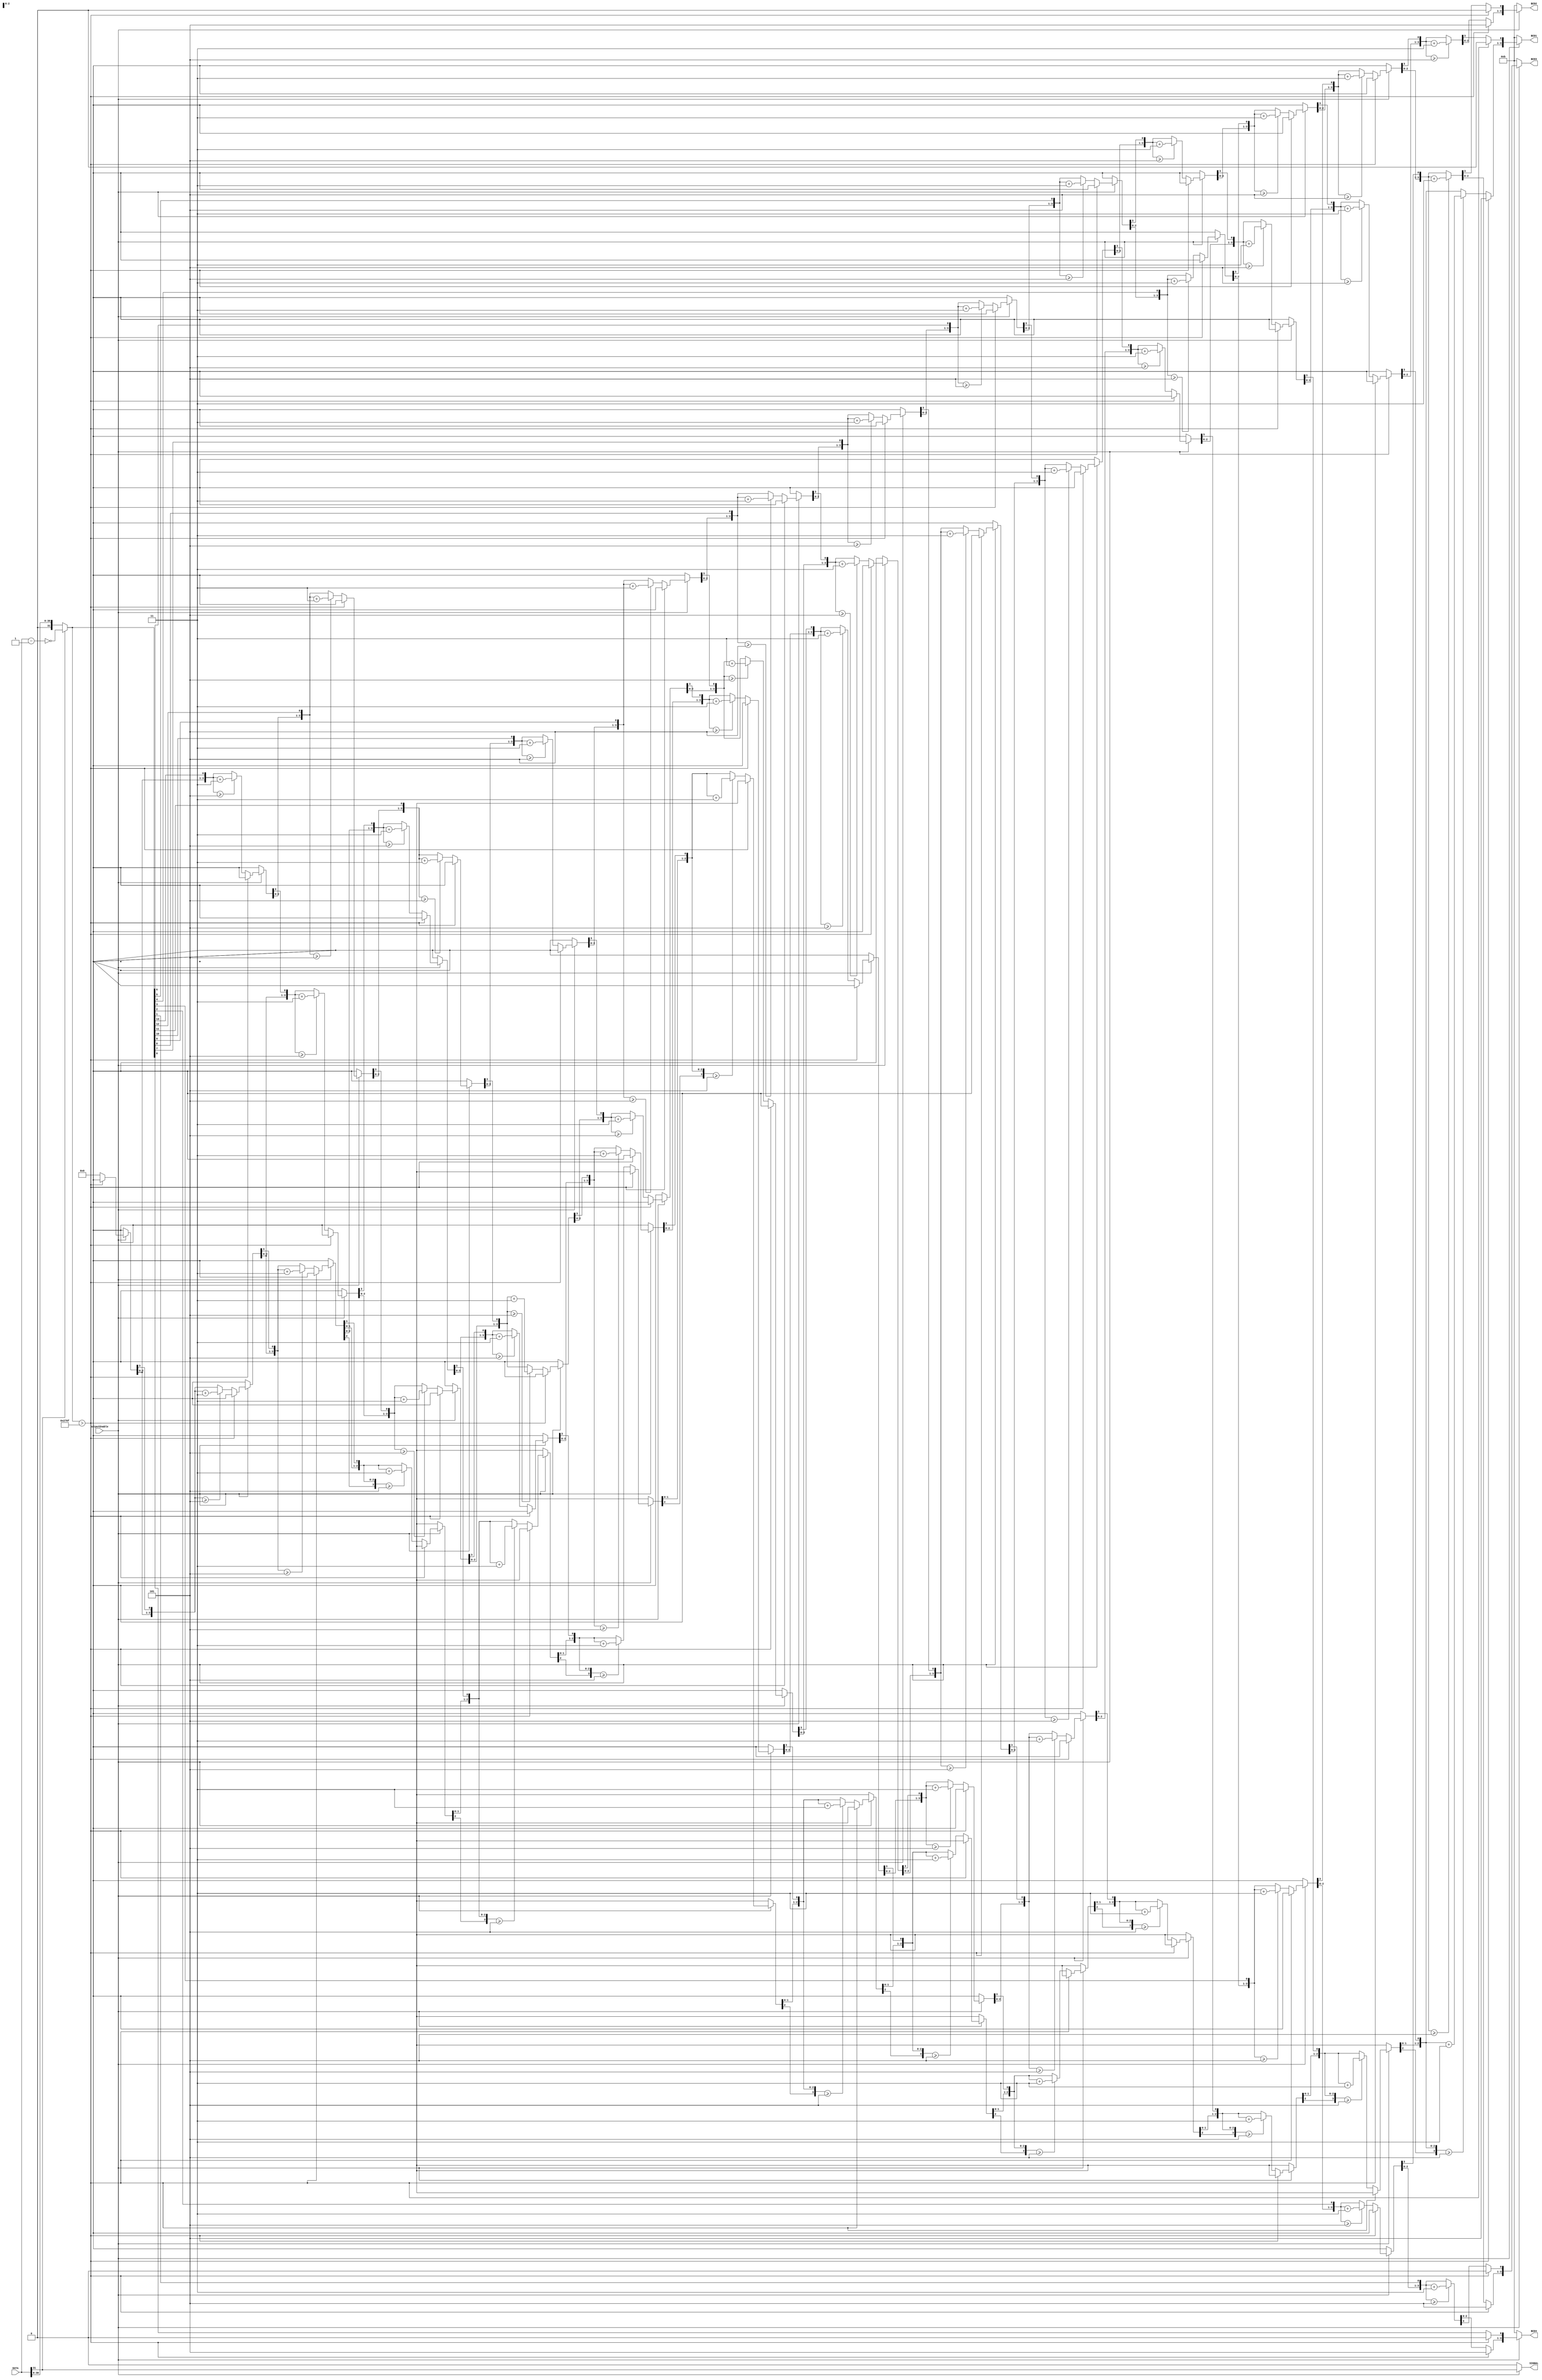
module binary2bcdQuad(
outputEnable ,   // Output Operation Enable (Input)
DATA    ,	// Two's Complement Binary Data (Input)
SIGNAL  ,	// BCD's Signal (Output)
BCD1    ,	// BCD's First Digit (Output)
BCD2    ,   // BCD's Second Digit (Output)
BCD3    ,	// BCD's Third Digit (Output)
BCD4        // BCD's Fourth Digit (Output)
);

parameter DATA_WIDTH = 32;
parameter BCD_WIDTH = 4;

//--------------Input Ports----------------------------
input                       outputEnable;
input   [DATA_WIDTH-1:0]    DATA;	

//--------------Output Ports---------------------------
output reg                  SIGNAL;
output reg  [BCD_WIDTH-1:0] BCD1;
output reg  [BCD_WIDTH-1:0] BCD2;
output reg  [BCD_WIDTH-1:0] BCD3;
output reg  [BCD_WIDTH-1:0] BCD4;	

//--------------Internal variables---------------------
reg         [DATA_WIDTH-1:0]	ABSOLUTE_VALUE;
reg         [13:0]				PARTIAL_VALUE;
integer							INDEX;
localparam  [DATA_WIDTH-1:0]    MAXVALUE = 32'd9999;

//-------------Processing Starts Here------------------

// Quad BCD Data Block
always @ (DATA or outputEnable) begin
    if (outputEnable) begin
        ABSOLUTE_VALUE = (DATA[31]) ? ~(DATA-1'b1) : DATA;
        SIGNAL = DATA[31];
        if (ABSOLUTE_VALUE > MAXVALUE) begin
	        BCD1 = 4'b1010;
	        BCD2 = 4'b1010;
            BCD3 = 4'b1010;
	        BCD4 = 4'b1010;
            PARTIAL_VALUE = 14'b0;
            INDEX = 0;
	    end else begin	
            PARTIAL_VALUE = ABSOLUTE_VALUE[13:0];
            BCD1 = 4'b0000; 
            BCD2 = 4'b0000;
            BCD3 = 4'b0000; 
            BCD4 = 4'b0000;
            for (INDEX = 13; INDEX >= 0; INDEX = INDEX-1) begin
	            if(BCD1 >= 4'b0101) BCD1 = BCD1 + 4'b0011;
	            if(BCD2 >= 4'b0101) BCD2 = BCD2 + 4'b0011;
                if(BCD3 >= 4'b0101) BCD3 = BCD3 + 4'b0011;
	            if(BCD4 >= 4'b0101) BCD4 = BCD4 + 4'b0011;
	            BCD1 = BCD1 << 1;
	            BCD1[0] = BCD2[3];
                BCD2 = BCD2 << 1;
	            BCD2[0] = BCD3[3];
                BCD3 = BCD3 << 1;
	            BCD3[0] = BCD4[3];	
	            BCD4 = BCD4 << 1;
	            BCD4[0] = PARTIAL_VALUE[INDEX];
            end
        end
    end else begin
        BCD1 = 4'b1011;
        BCD2 = 4'b1011;
        BCD3 = 4'b1011;
        BCD4 = 4'b1011;
        SIGNAL = 1'b0;
        ABSOLUTE_VALUE = 32'b0;
        PARTIAL_VALUE = 14'b0;
        INDEX = 0;
    end
end

endmodule